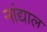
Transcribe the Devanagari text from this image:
नांद्याल